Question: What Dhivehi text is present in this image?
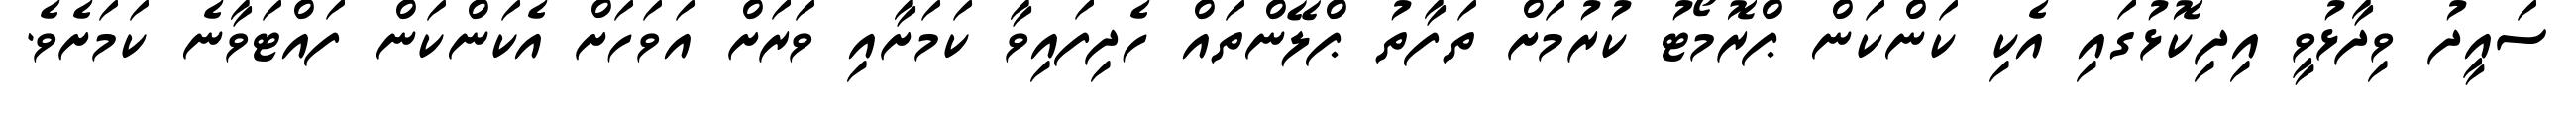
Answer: ސައީދު ވިދާޅުވީ އިދިކޮޅުގައި އެކި ކަންކަން ޕްރޮމޯޓު ކުރުމަށް ތަފާތު ޕްލޭންތައް ހެދިފައިވާ ކަމަށާއި ވަރަށް އަވަހަށް އެކަންކަން ފައްޓަވާނެ ކަމަށެވެ.